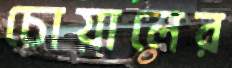
চোয়ালের